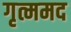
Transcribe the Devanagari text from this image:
गृत्ममद